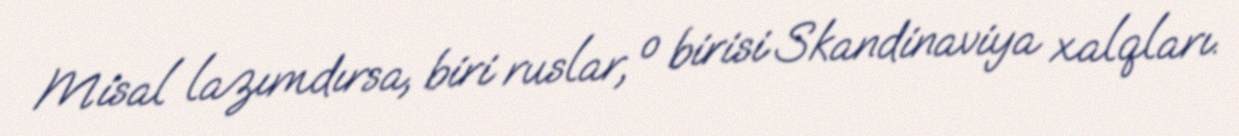
Misal lazımdırsa, biri ruslar, o birisi Skandinaviya xalqları.